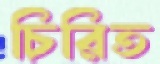
চিরিত